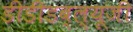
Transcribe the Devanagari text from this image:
डीडीडब्ल्यूजी